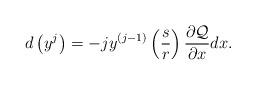
LaTeX: \begin{align*} d\left(y^{j}\right) = -j y^{(j-1)} \left( \frac{s}{r} \right) \frac{\partial \mathcal{Q}}{\partial x} dx.\end{align*}